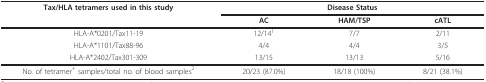
| Tax/HLA tetramers used in this study | <COLSPAN=3> Disease Status |
 |  | AC | HAM/TSP | cATL |
 | --- | --- | --- | --- |
 | HLA-A*0201/Tax11-19 | 12/141 | 7/7 | 2/11 |
 | HLA-A*1101/Tax88-96 | 4/4 | 4/4 | 3/5 |
 | HLA-A*2402/Tax301-309 | 13/15 | 13/13 | 5/16 |
 | No. of tetramer+ samples/total no. of blood samples2 | 20/23 (87.0%) | 18/18 (100%) | 8/21 (38.1%) |